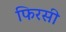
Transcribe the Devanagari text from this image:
फिरसी